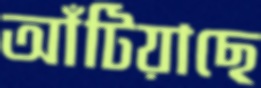
আঁটিয়াছে